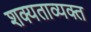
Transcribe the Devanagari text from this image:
शक्यताव्यक्त